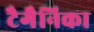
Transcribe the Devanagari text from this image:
टैगैनिका